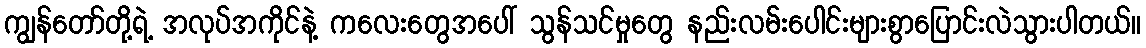
ကျွန်တော်တို့ရဲ့ အလုပ်အကိုင်နဲ့ ကလေးတွေအပေါ် သွန်သင်မှုတွေ နည်းလမ်းပေါင်းများစွာပြောင်းလဲသွားပါတယ်။